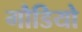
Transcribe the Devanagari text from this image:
गौडियो